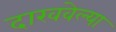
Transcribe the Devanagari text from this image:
दाखवेल्या